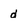
Character: d